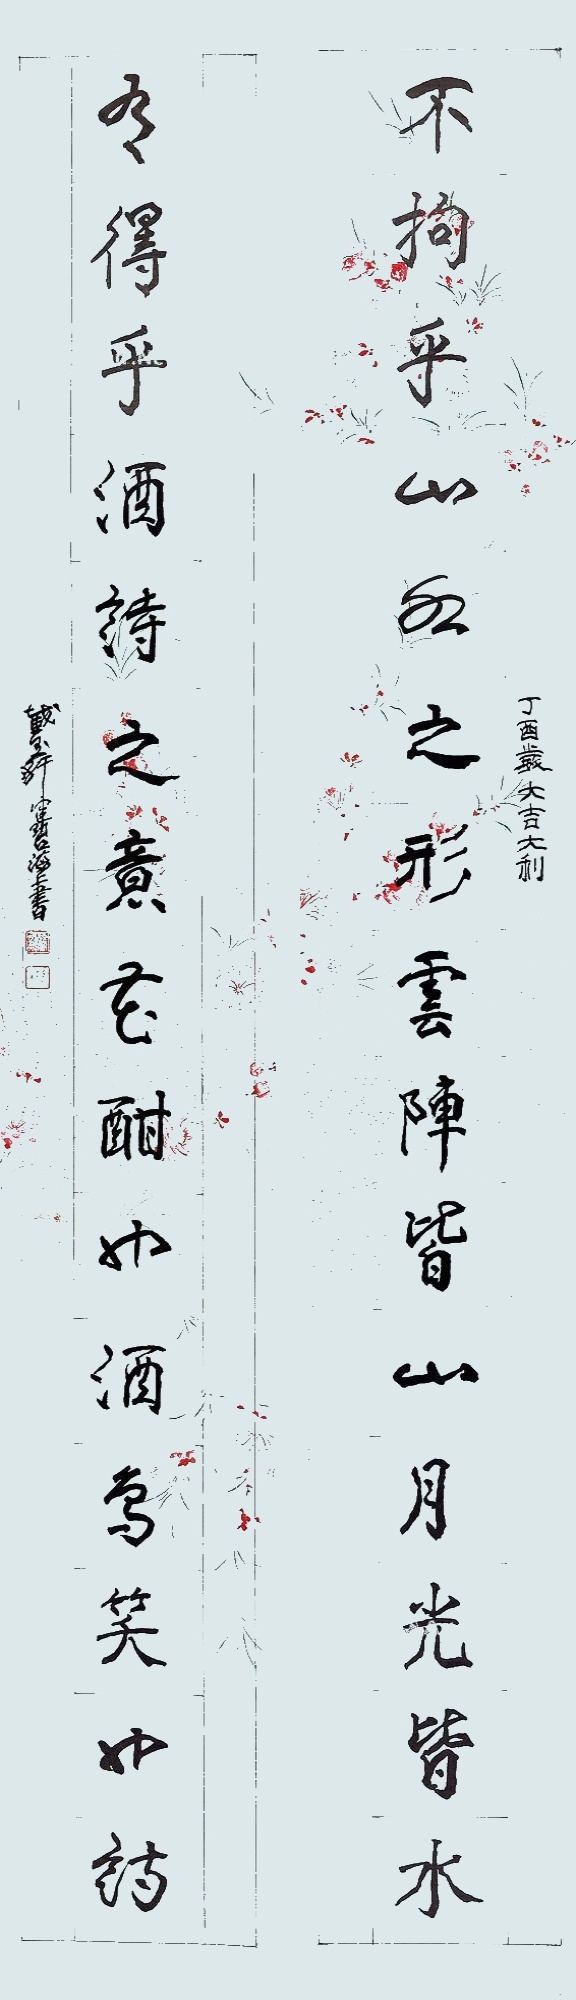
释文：不拘乎山水之形云阵皆山月光皆水，有得乎酒诗之意花酣也酒鸟笑也诗丁酉岁大吉大利，截玉轩健碧海上书